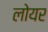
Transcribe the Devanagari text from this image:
लोयर